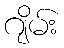
ဂျိမ်း